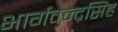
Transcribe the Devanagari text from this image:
भार्गवेन्द्रसिंह